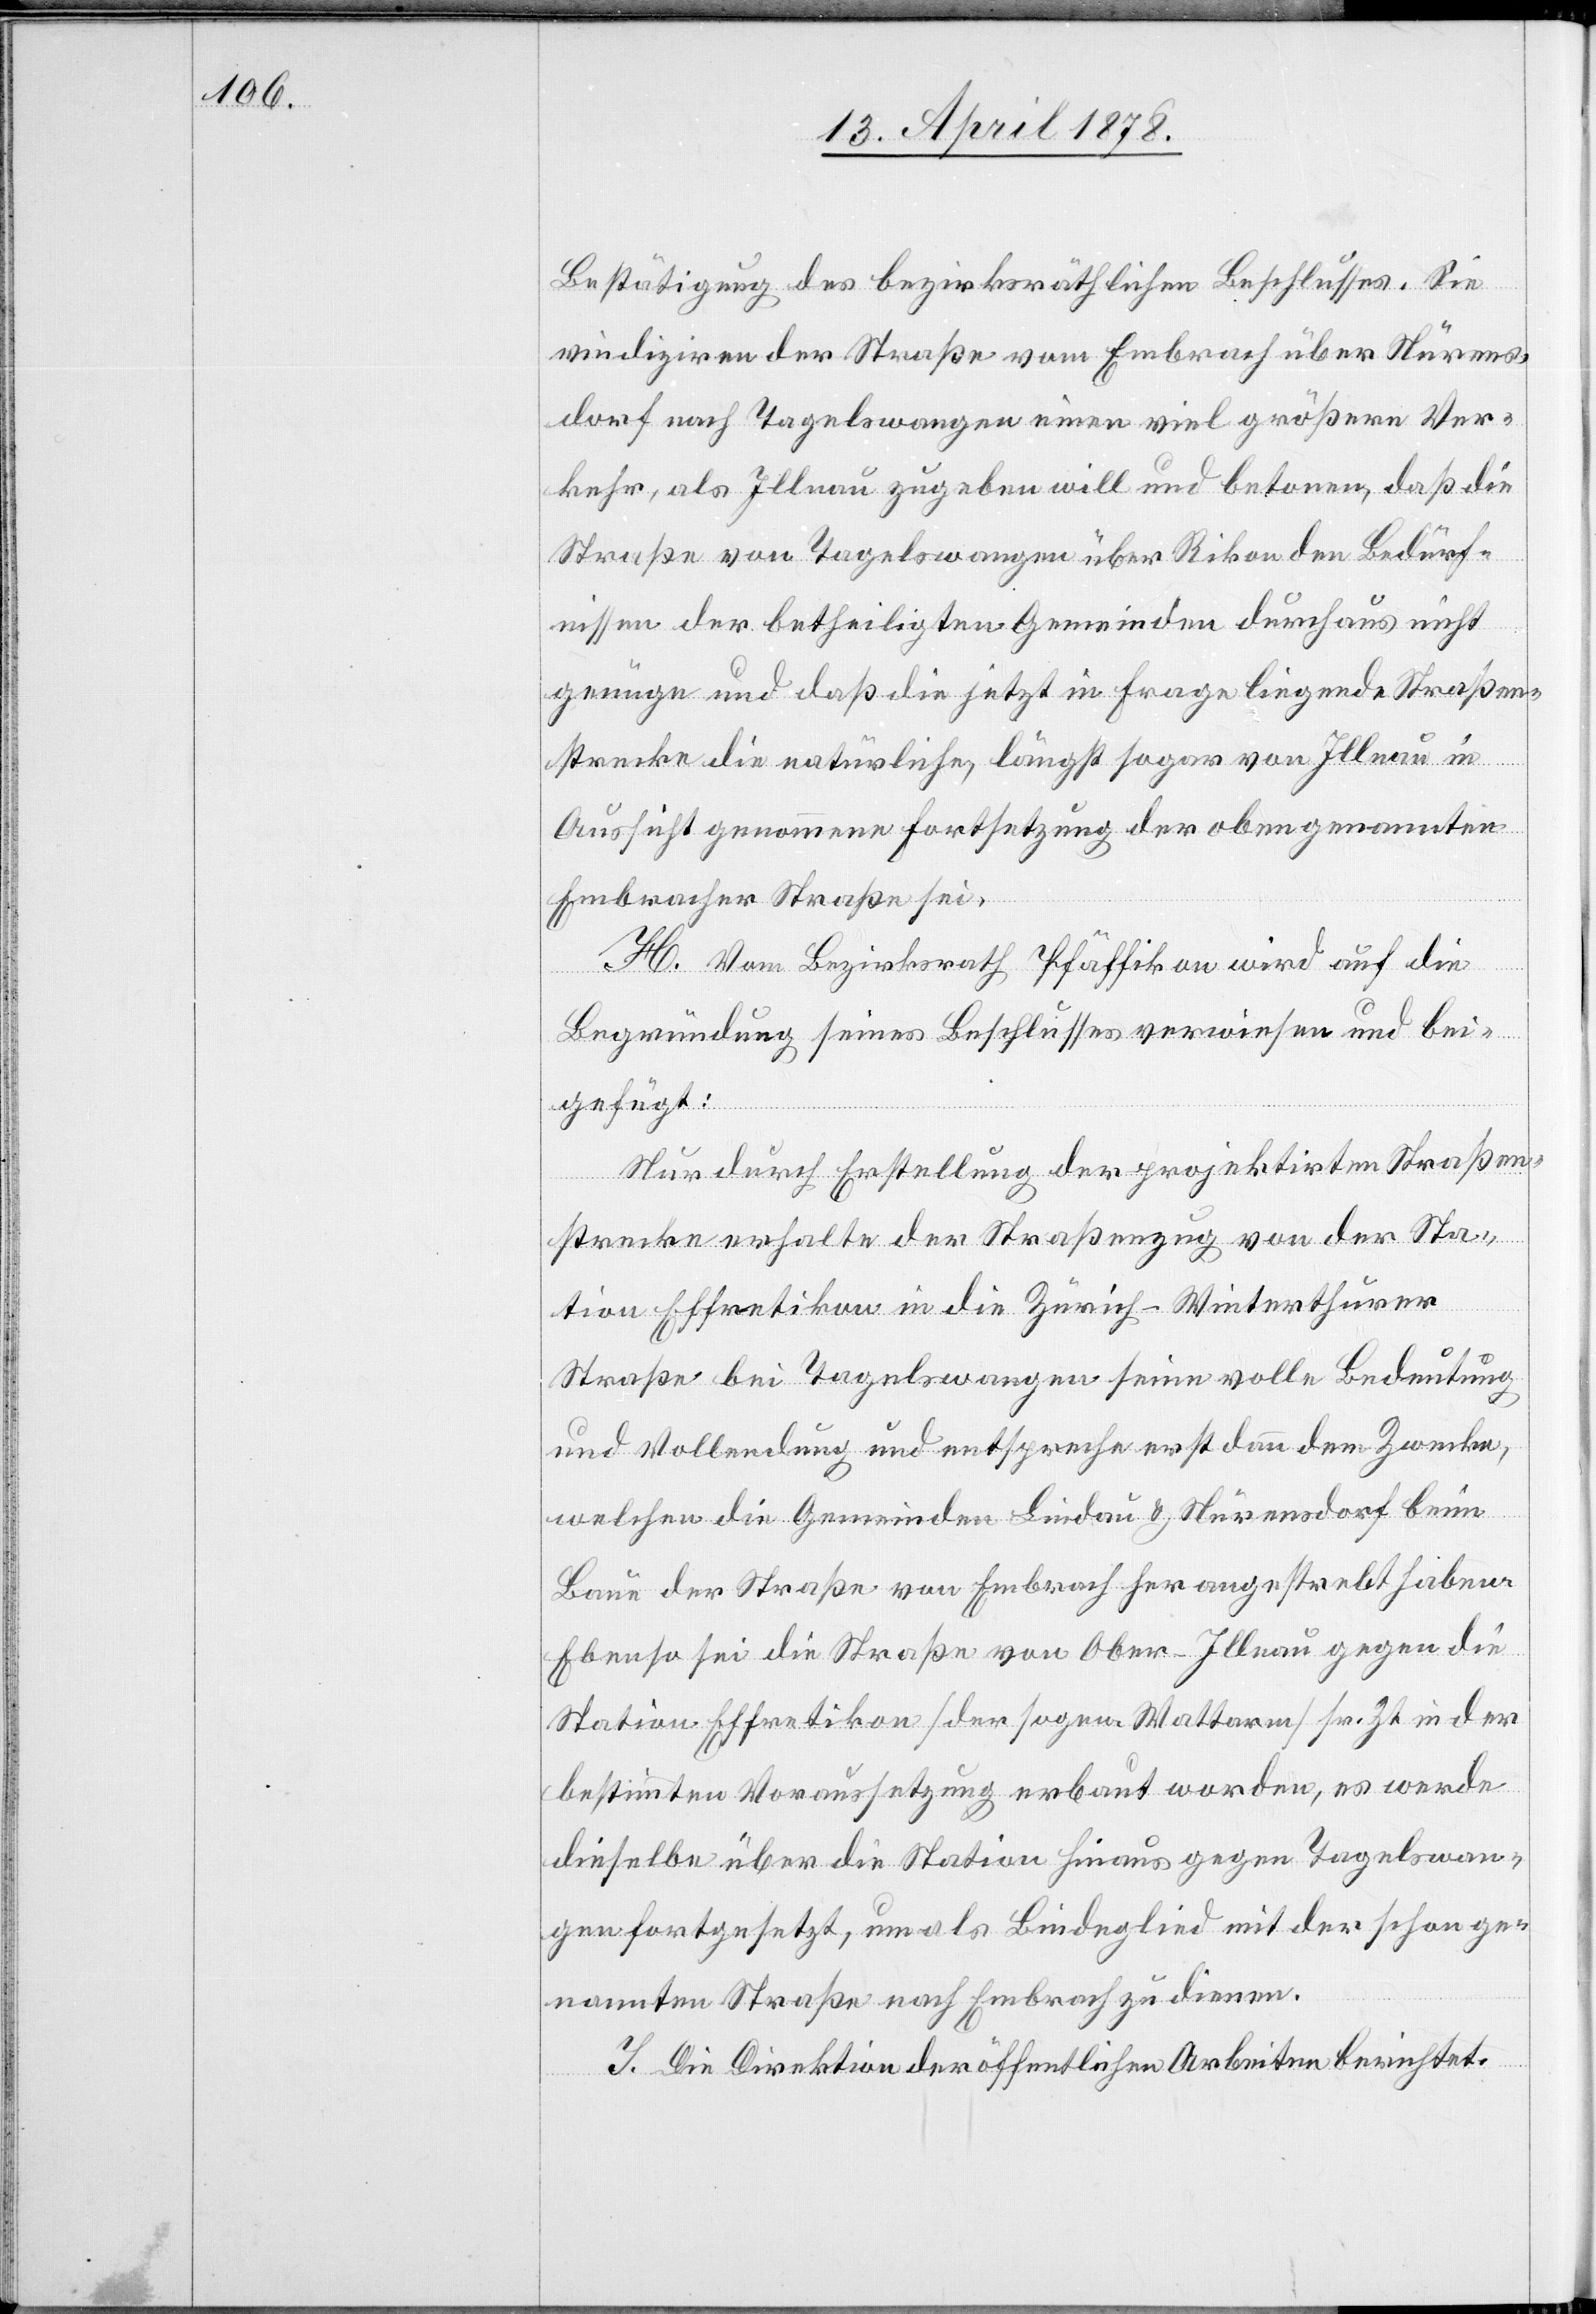
Bestätigung des bezirksräthlichen Beschlusses. Sie
vindiziren der Straße vom Embrach über Nürens¬
dorf nach Tagelswangen einen viel größern Ver¬
kehr, als Illnau zugeben will und betonen, daß die
Straße von Tagelswangen über Rikon den Bedürf¬
nissen der betheiligten Gemeinden durchaus nicht
genüge und daß die jetzt in Frage liegende Straßen¬
strecke die natürliche, längst sogar von Illnau in
Aussicht genommene Fortsetzung der obengenannten
Embracher Straße sei.
H. Vom Bezirksrath Pfäffikon wird auf die
Begründung seines Beschlusses verwiesen und bei¬
gefügt:
Nur durch Erstellung der projektirten Straßen¬
strecke erhalte der Straßenzug von der Sta¬
tion Effretikon in die Zürich–Winterthurer
Straße bei Tagelswangen seine volle Bedeutung
und Vollendung und entspreche erst dann dem Zwecke,
welchen die Gemeinden Lindau & Nürensdorf beim
Bau der Straße von Embrach her angestrebt haben.
Ebenso sei die Straße von Ober-Illnau gegen die
Station Effretikon (der sogen. Wattarm) sr. Zt. in der
bestimmten Voraussetzung erbaut worden, es werde
dieselbe über die Station hinaus gegen Tagelswan¬
gen fortgesetzt, um als Bindeglied mit der schon ge¬
nannten Straße nach Embrach zu dienen.
I. Die Direktion der öffentlichen Arbeiten berichtet: